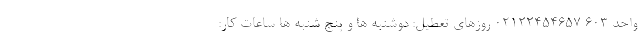
واحد ۶۰۳ 02122454657 روزهای تعطیل: دوشنبه ها و پنج شنبه ها ساعات کار: